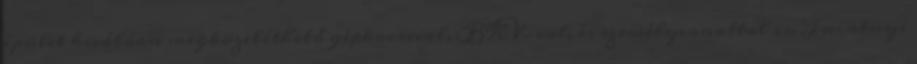
épület kiválóan megközelíthető gépkocsival, BKV-val, és személyvonattal is. Tucatnyi